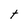
Character: t